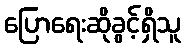
ပြောရေးဆိုခွင့်ရှိသူ